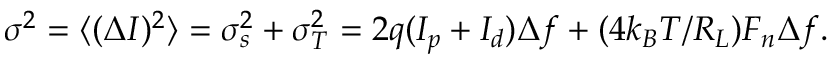
\sigma ^ { 2 } = \langle ( \Delta I ) ^ { 2 } \rangle = \sigma _ { s } ^ { 2 } + \sigma _ { T } ^ { 2 } = 2 q ( I _ { p } + I _ { d } ) \Delta f + ( 4 k _ { B } T / R _ { L } ) F _ { n } \Delta f .